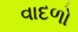
વાદળો